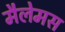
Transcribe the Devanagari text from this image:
मैलेमस